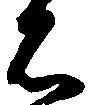
石